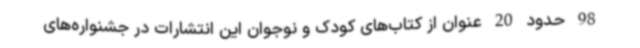
98 حدود 20 عنوان از کتاب‌های کودک و نوجوان این انتشارات در جشنواره‌های